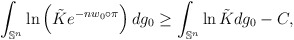
\begin{align*}\int_{\mathbb{S}^n} \ln \left(\tilde{K}e^{-nw_0\circ \pi}\right)dg_0&\geq \int_{\mathbb{S}^n} \ln \tilde{K}dg_0-C,\end{align*}